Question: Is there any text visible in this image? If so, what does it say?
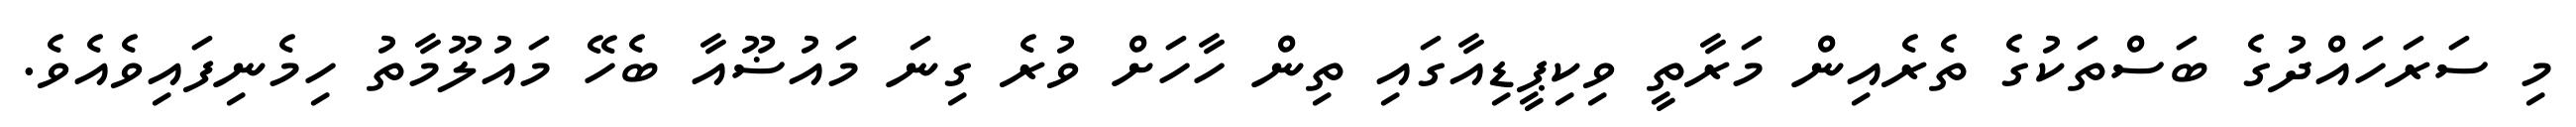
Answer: މި ސަރަހައްދުގެ ބަސްތަކުގެ ތެރެއިން މަރާތީ ވިކިޕީޑިއާގައި ތިން ހާހަށް ވުރެ ގިނަ މައުޟޫއާ ބެހޭ މައުލޫމާތު ހިމެނިފައިވެއެވެ.